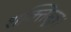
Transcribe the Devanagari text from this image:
शक्तिसूत्र।